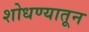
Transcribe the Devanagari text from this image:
शोधण्यातून